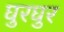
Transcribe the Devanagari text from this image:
घुरघुर